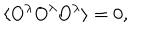
\langle O ^ { \lambda } O ^ { \lambda } O ^ { \lambda } \rangle = 0 ,